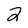
Character: 2